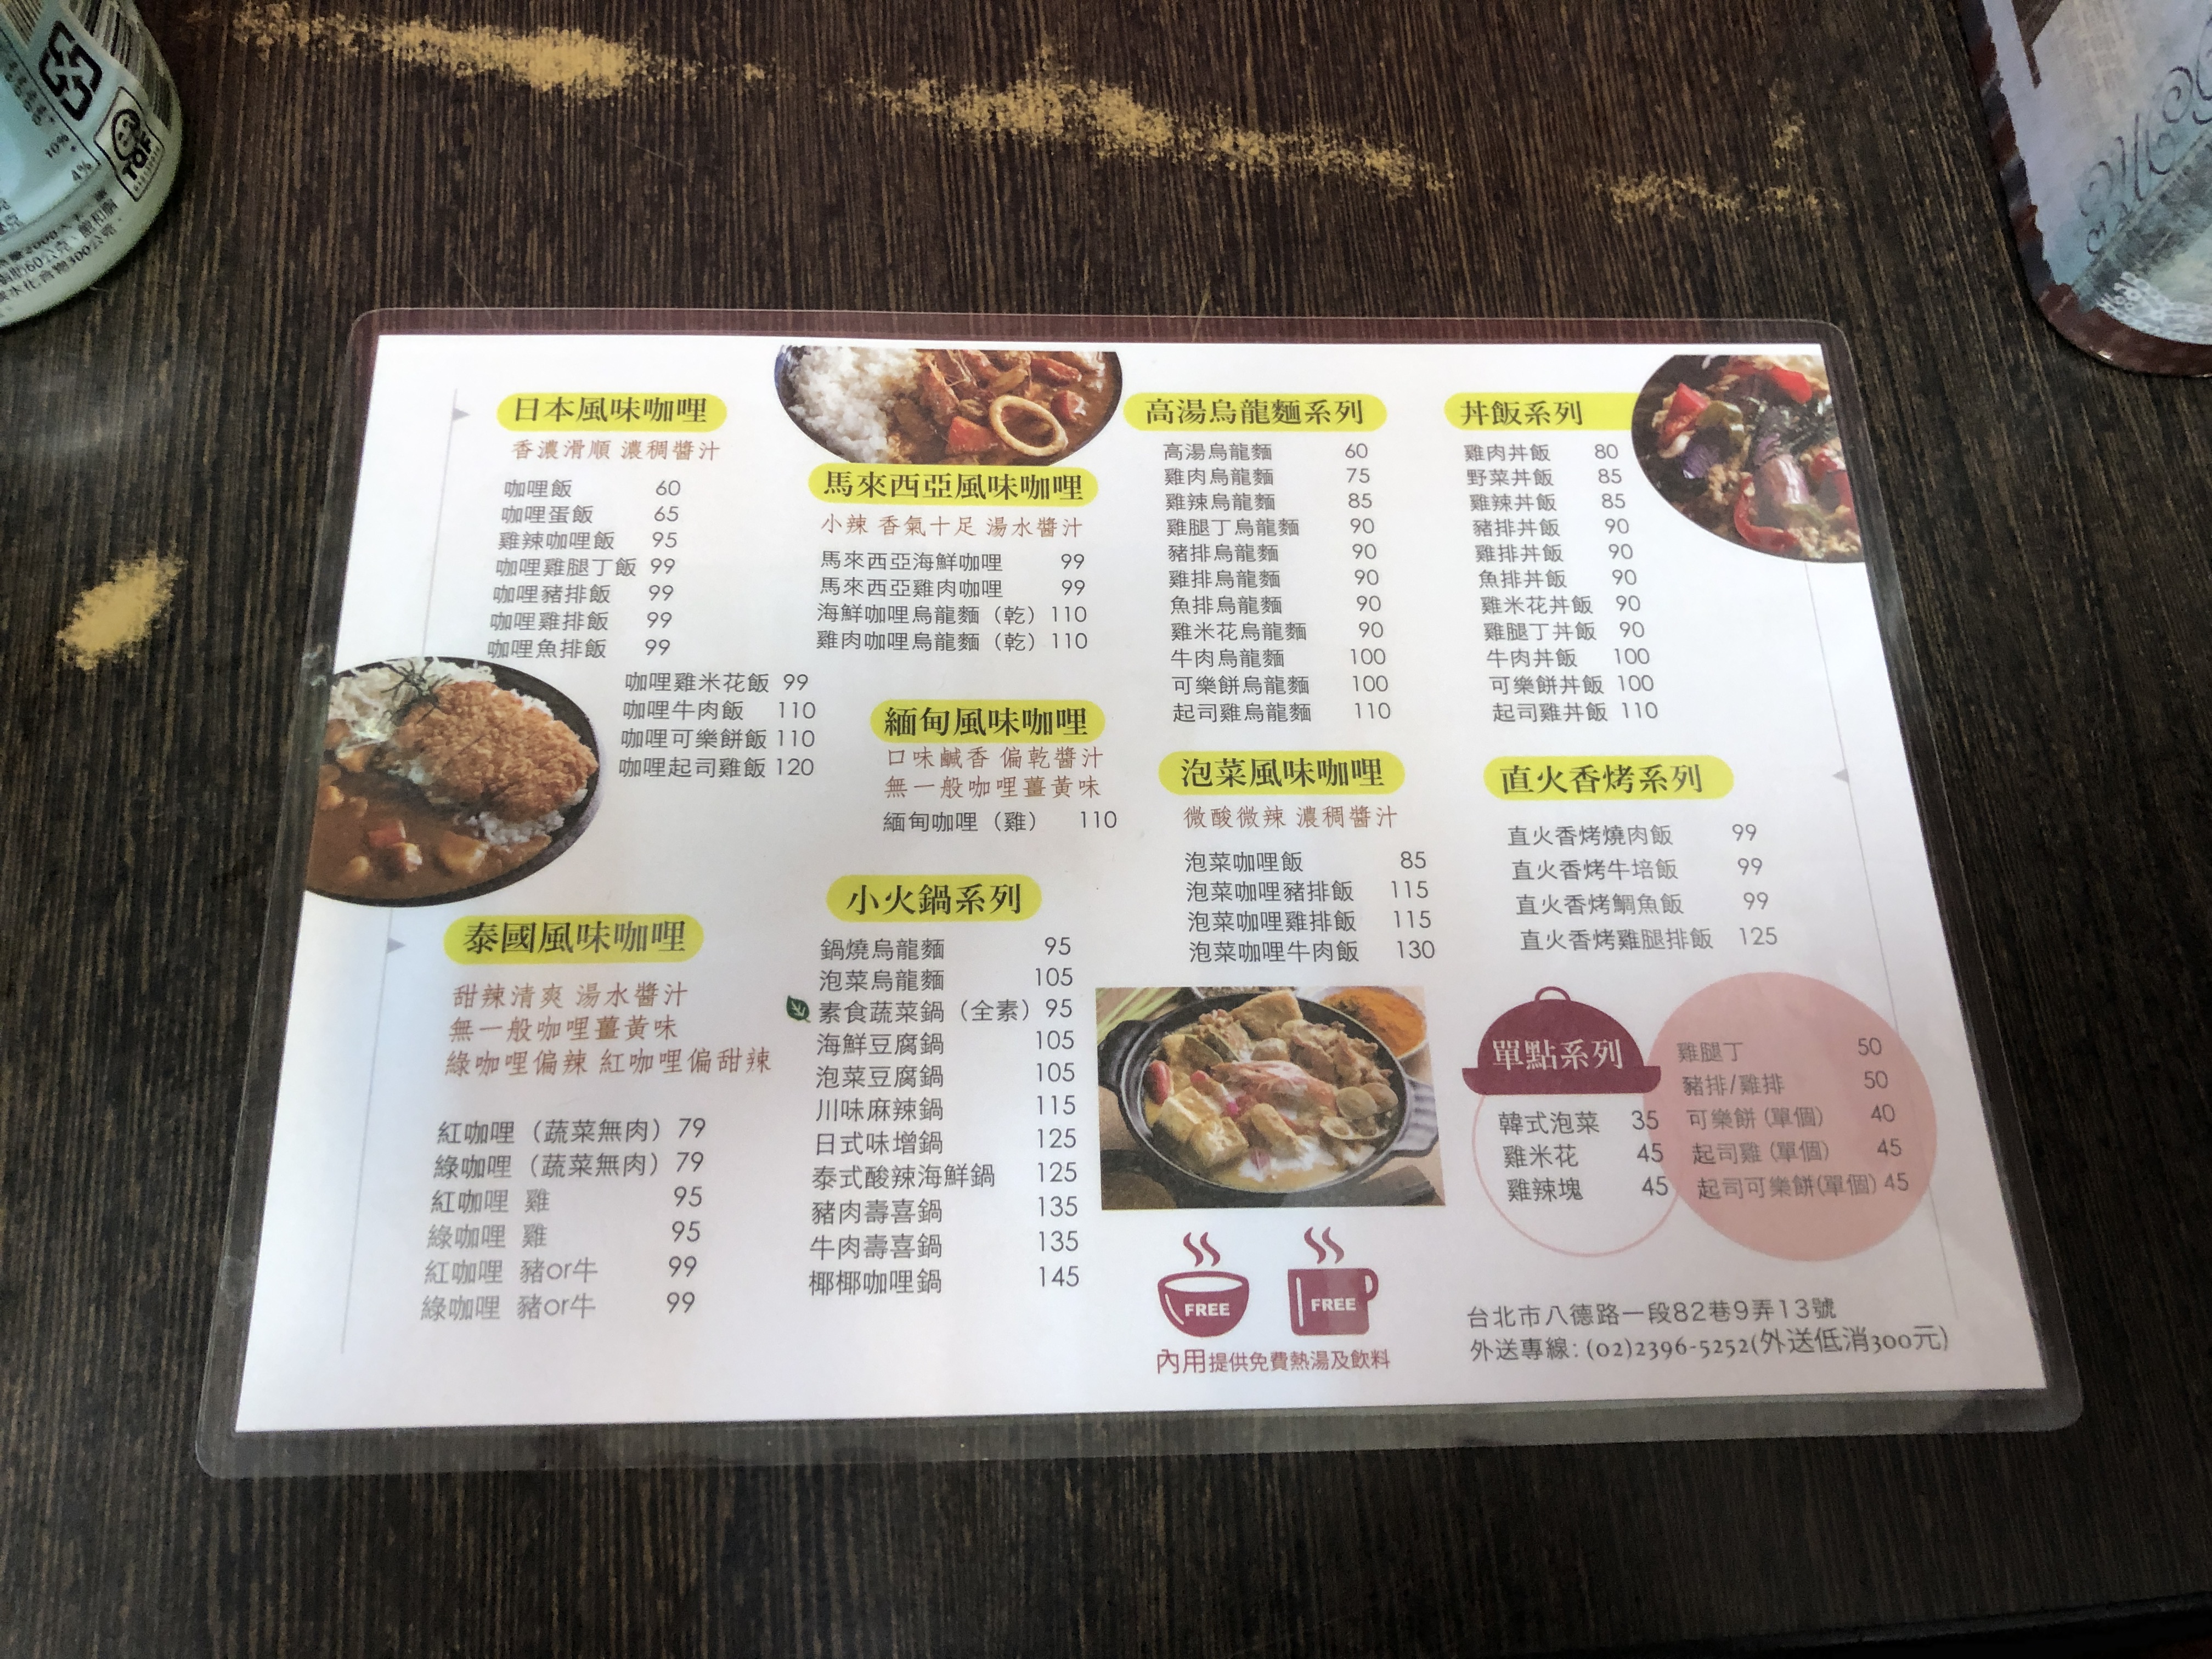
地址：台北市八德路一段82巷9弄13號
電話：(02)2396-5252
菜單：
name: 咖哩飯
price: 60
name: 咖哩蛋飯
price: 65
name: 咖哩雞飯
price: 95
name: 咖哩雞腿丁飯
price: 99
name: 咖哩豬排飯
price: 99
name: 咖哩魚排飯
price: 99
name: 咖哩蝦飯
price: 99
name: 咖哩米花飯
price: 99
name: 咖哩牛肉飯
price: 110
name: 咖哩可樂餅飯
price: 110
name: 咖哩起司雞飯
price: 120
name: 馬來西亞海鮮咖哩
price: 99
name: 馬來西亞雞腿丁咖哩
price: 99
name: 馬來西亞烏龍麵 (乾)
price: 110
name: 雞肉咖哩烏龍麵 (乾)
price: 110
name: 緬甸咖哩 (雞)
price: 110
name: 紅咖哩 (蔬菜無肉)
price: 79
name: 綠咖哩 (蔬菜無肉)
price: 79
name: 紅咖哩 雞
price: 95
name: 綠咖哩 雞
price: 95
name: 紅咖哩 豬or牛
price: 99
name: 綠咖哩 豬or牛
price: 99
name: 高湯烏龍麵
price: 60
name: 雞肉烏龍麵
price: 75
name: 雞辣烏龍麵
price: 85
name: 雞腿丁烏龍麵
price: 90
name: 豬排烏龍麵
price: 90
name: 魚排烏龍麵
price: 90
name: 雞米花烏龍麵
price: 90
name: 牛肉烏龍麵
price: 100
name: 可樂餅烏龍麵
price: 100
name: 起司雞烏龍麵
price: 110
name: 雞肉丼飯
price: 80
name: 野菜丼飯
price: 85
name: 雞辣丼飯
price: 85
name: 豬排丼飯
price: 90
name: 魚排丼飯
price: 90
name: 雞米花丼飯
price: 90
name: 雞腿丁丼飯
price: 99
name: 牛肉丼飯
price: 100
name: 可樂餅丼飯
price: 110
name: 起司雞丼飯
price: 110
name: 泡菜咖哩飯
price: 85
name: 泡菜咖哩豬排飯
price: 115
name: 泡菜咖哩雞排飯
price: 115
name: 泡菜咖哩牛肉飯
price: 130
name: 直火香烤燒肉飯
price: 99
name: 直火香烤牛培飯
price: 99
name: 直火香烤鯛魚飯
price: 99
name: 直火香烤雞腿飯
price: 125
name: 鍋燒烏龍麵
price: 95
name: 泡菜烏龍麵
price: 105
name: 素食蔬菜鍋 (全素)
price: 95
name: 海鮮豆腐鍋
price: 105
name: 泡菜豆腐鍋
price: 105
name: 川味麻辣鍋
price: 115
name: 日式味增鍋
price: 125
name: 泰式酸辣海鮮鍋
price: 125
name: 豬肉壽喜鍋
price: 135
name: 牛肉壽喜鍋
price: 135
name: 椰椰咖哩鍋
price: 145
name: 韓式泡菜
price: 35
name: 雞腿丁
price: 50
name: 豬排/雞排
price: 50
name: 可樂餅 (單個)
price: 40
name: 雞米花
price: 45
name: 雞辣塊
price: 45
name: 起司可樂餅 (單個)
price: 45